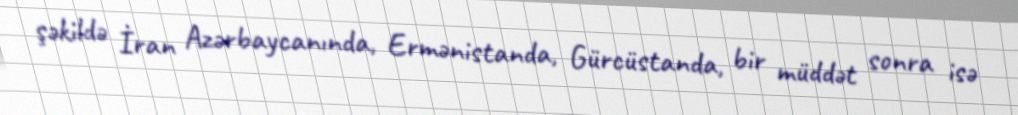
şəkildə İran Azərbaycanında, Ermənistanda, Gürcüstanda, bir müddət sonra isə